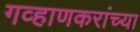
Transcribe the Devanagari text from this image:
गव्हाणकरांच्या